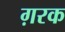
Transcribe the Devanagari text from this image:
ग़रक